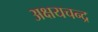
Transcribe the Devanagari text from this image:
अक्षयचन्द्र